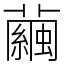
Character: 繭